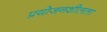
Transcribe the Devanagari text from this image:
प्रयोजनशीलता